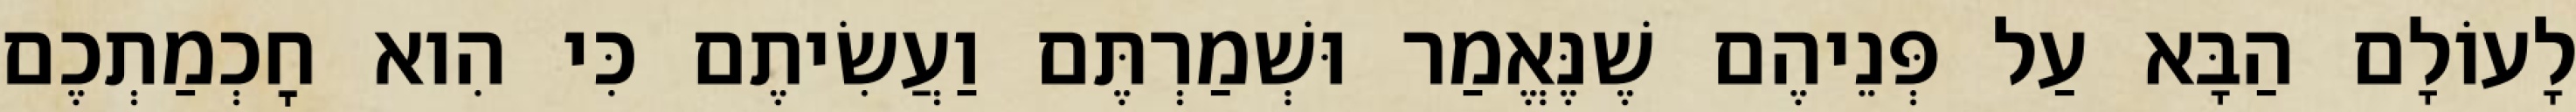
לָעוֹלָם הַבָּא עַל פְּנֵיהֶם שֶׁנֶּאֱמַר וּשְׁמַרְתֶּם וַעֲשִׂיתֶם כִּי הִוא חׇכְמַתְכֶם